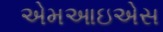
એમઆઇએસ